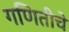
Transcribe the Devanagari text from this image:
गणितीचे